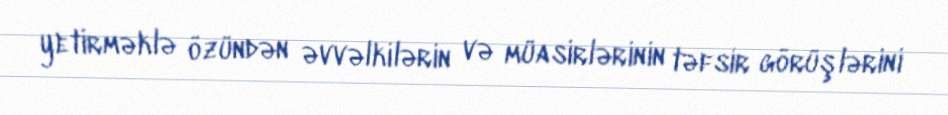
yetirməklə özündən əvvəlkilərin və müasirlərinin təfsir görüşlərini